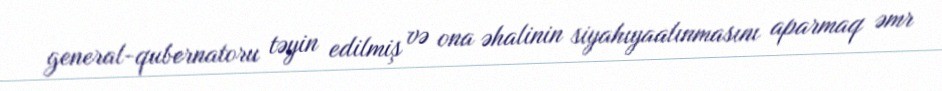
general-qubernatoru təyin edilmiş və ona əhalinin siyahıyaalınmasını aparmaq əmr